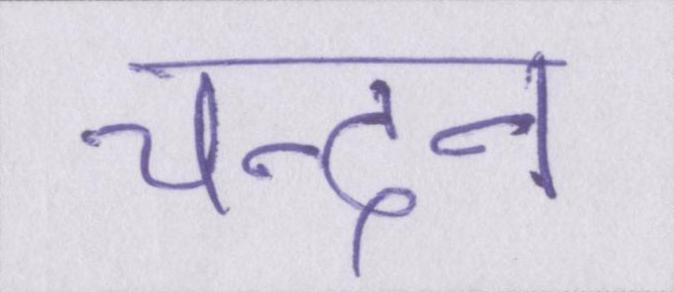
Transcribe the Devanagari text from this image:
चन्दन